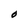
Character: O